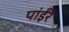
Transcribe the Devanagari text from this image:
पांईंरे